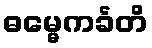
ဓမ္မေကင်္ခတိ